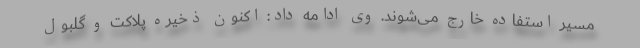
مسیر استفاده خارج می‌شوند. وی ادامه داد: اکنون ذخیره پلاکت و گلبول